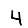
Digit: 4